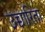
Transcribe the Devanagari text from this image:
उच्चारिता